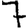
Digit: 7